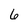
Character: 6